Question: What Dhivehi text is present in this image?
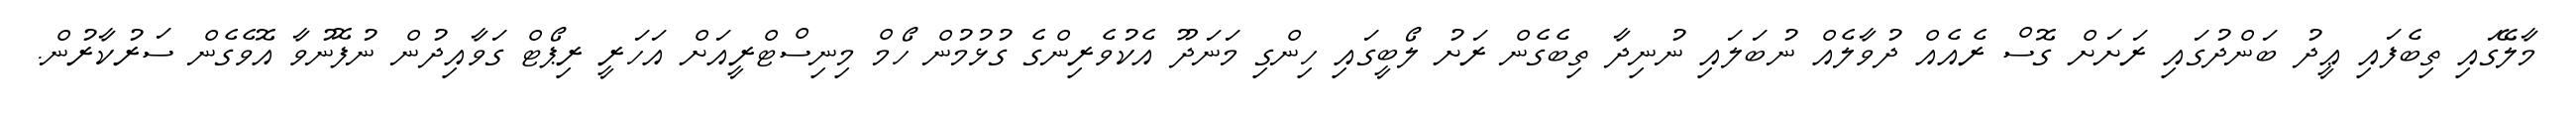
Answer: މާލޭގައި ތިބެފައި ޢީދު ބަންދުގައި ރަށަށް ގޮސް ރެއެއް ދުވާލެއް ނުބަލައި ނުނިދާ ތިބެގެން ރަށު ލޯބީގައި ހިންގި މަނަދޫ އެކުވެރިންގެ ގުޅުމުން ހޯމް މިނިސްޓްރީއަށް އަހަރީ ރިޕޯޓް ގަވާއިދުން ނުފޮނުވާ އޮވެގެން ސަރުކާރުން.